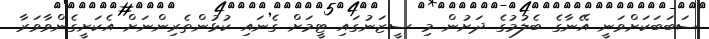
ސަބަބަކަށްވަނީ އޭނާގެ ބެލުމުގެ ދަށުން މި ސީޒަނުގައި ޓީމަށް ގެނައި ކުޅުންތެރިންނަށް އެކަށީގެންވާވަރާ